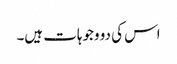
اس کی دو وجوہات ہیں۔